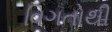
વિગતોથી